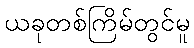
ယခုတစ်ကြိမ်တွင်မူ